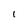
Character: I